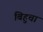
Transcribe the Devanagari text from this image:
बिहुचा